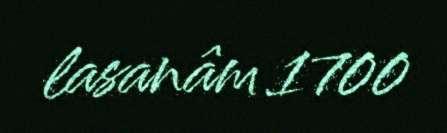
lasanâm 1700